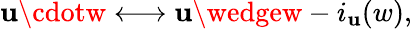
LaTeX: \mathbf{u}\cdotw\longleftrightarrow\mathbf{u}\wedgew-i_{\mathbf{u}}(w),